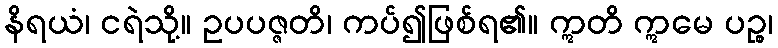
နိရယံ၊ ငရဲသို့။ ဥပပဇ္ဇတိ၊ ကပ်၍ဖြစ်ရ၏။ ဣတိ ဣမေ ပဉ္စ၊